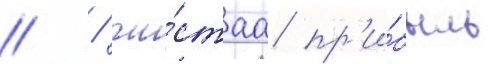
// / чи́стаа пр'и́быль